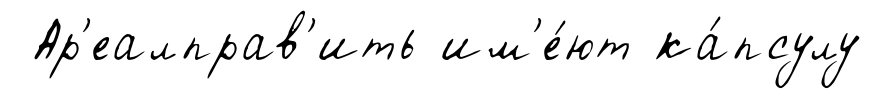
Ар'еалправ'ить им'е́ют ка́псулу